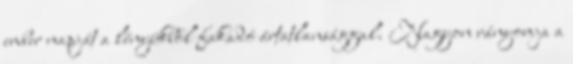
ember napját a lényükből fakadó ártatlansággal. Nagyon rányomja a